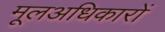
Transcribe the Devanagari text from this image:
मूलअधिकारों